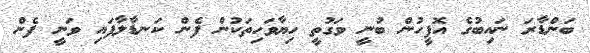
ބަންޑާރަ ނައިބުގެ އޮފީހުން ބުނީ ވަގުތީ ހިޔާވަހިތަކުން ފެން ކަނޑާލާފައި ވަނީ ފެން